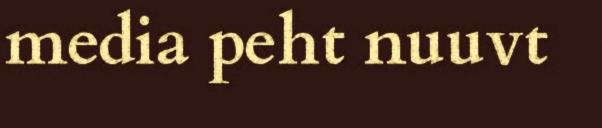
media peht nuuvt